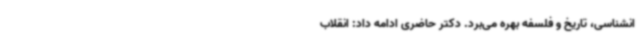
انشناسی، تاریخ و فلسفه بهره می‌برد. دکتر حاضری ادامه داد: انقلاب